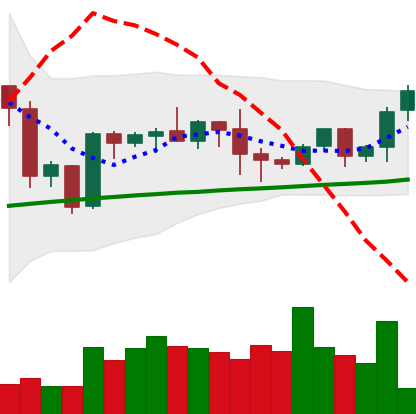
Ticker: BTC-USD
Chart end date: 2020-10-09
Forward return: 3.299%
Label: up_3_5